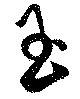
玉